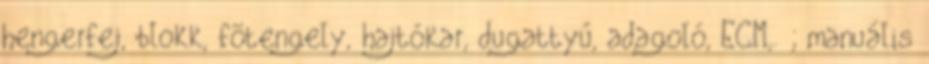
hengerfej, blokk, fõtengely, hajtókar, dugattyú, adagoló, ECM,. ; manuális